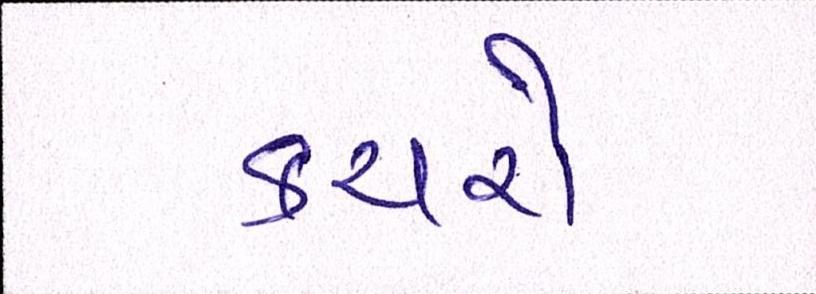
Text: કચારો